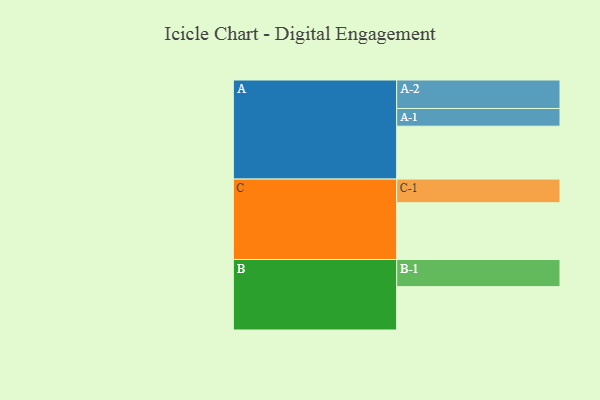
{"axis": {"x": "Segment", "y": "Value"}, "legend": ["", "A", "B", "C"], "data": [{"x": "A", "y": 505, "type": ""}, {"x": "B", "y": 414, "type": ""}, {"x": "C", "y": 542, "type": ""}, {"x": "A-1", "y": 169, "type": "A"}, {"x": "A-2", "y": 272, "type": "A"}, {"x": "B-1", "y": 259, "type": "B"}, {"x": "C-1", "y": 226, "type": "C"}]}